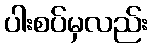
ပါးစပ်မှလည်း